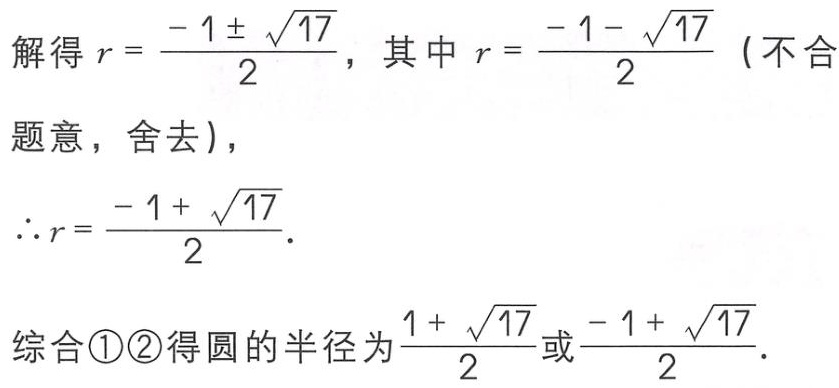
解得\(r = \frac{-1 \pm \sqrt{17}}{2}\)，其中\(r = \frac{-1 - \sqrt{17}}{2}\)（不合
题意，舍去），
\(\therefore r = \frac{-1 + \sqrt{17}}{2}\).

综合\textcircled{1}\textcircled{2}得圆的半径为\(\frac{1 + \sqrt{17}}{2}\)或\(\frac{-1 + \sqrt{17}}{2}\).